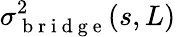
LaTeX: \sigma_{\mathrm{~b~r~i~d~g~e~}}^{2}(s,L)